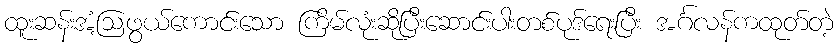
ထူးဆန်းအံ့ဩဖွယ်ကောင်းသော ကြိမ်လုံးဆိုပြီးဆောင်းပါးတစ်ပုဒ်ရေးပြီး အင်္ဂလန်ကထုတ်တဲ့